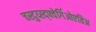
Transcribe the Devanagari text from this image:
चस्दुय्स्द्फ्वेर्गिओएतिअ